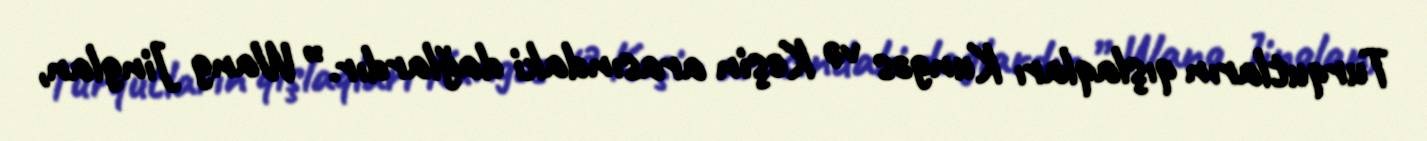
Turqutların qışlaqları Kungəs və Keşin arasındaki dağlardır.” Wang Jinglan,